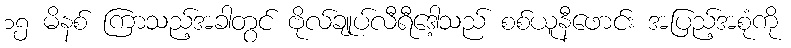
၁၅ မိနစ် ကြာသည့်အခါတွင် ဗိုလ်ချုပ်လီရီဒေါ့သည် စစ်ယူနီဖောင်း အပြည့်အစုံကို